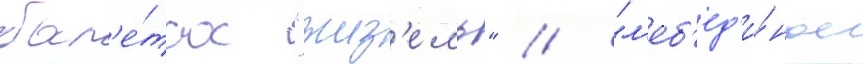
бал'е́тах "жиз'ель" / "л'еб'ед'и́ное